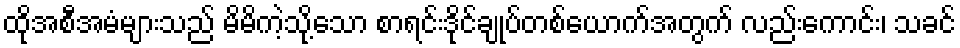
ထိုအစီအမံများသည် မိမိကဲ့သို့သော စာရင်းဒိုင်ချုပ်တစ်ယောက်အတွက် လည်းကောင်း၊ သခင်